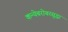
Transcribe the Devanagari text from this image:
कन्येबरोबरसुद्धा